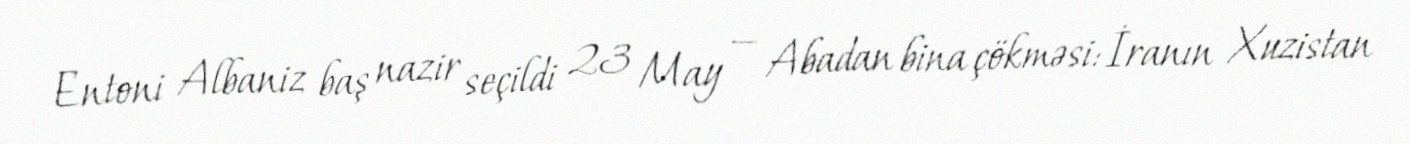
Entoni Albaniz baş nazir seçildi 23 May — Abadan bina çökməsi: İranın Xuzistan